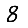
Digit: 8